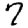
Digit: 7